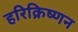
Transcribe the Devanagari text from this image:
हरिक्रिष्णन